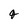
Character: 4